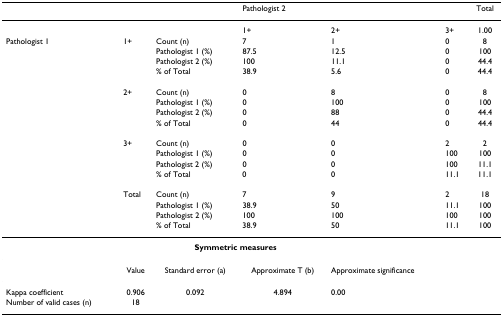
<table><thead><tr><td></td><td></td><td></td><td colspan="3"><b>Pathologist 2</b></td><td><b>Total</b></td></tr></thead><tbody><tr><td></td><td></td><td></td><td>1+</td><td>2+</td><td>3+</td><td>1.00</td></tr><tr><td>Pathologist 1</td><td>1+</td><td>Count (n)</td><td>7</td><td>1</td><td>0</td><td>8</td></tr><tr><td></td><td></td><td>Pathologist 1 (%)</td><td>87.5</td><td>12.5</td><td>0</td><td>100</td></tr><tr><td></td><td></td><td>Pathologist 2 (%)</td><td>100</td><td>11.1</td><td>0</td><td>44.4</td></tr><tr><td></td><td></td><td>% of Total</td><td>38.9</td><td>5.6</td><td>0</td><td>44.4</td></tr><tr><td></td><td>2+</td><td>Count (n)</td><td>0</td><td>8</td><td>0</td><td>8</td></tr><tr><td></td><td></td><td>Pathologist 1 (%)</td><td>0</td><td>100</td><td>0</td><td>100</td></tr><tr><td></td><td></td><td>Pathologist 2 (%)</td><td>0</td><td>88</td><td>0</td><td>44.4</td></tr><tr><td></td><td></td><td>% of Total</td><td>0</td><td>44</td><td>0</td><td>44.4</td></tr><tr><td></td><td>3+</td><td>Count (n)</td><td>0</td><td>0</td><td>2</td><td>2</td></tr><tr><td></td><td></td><td>Pathologist 1 (%)</td><td>0</td><td>0</td><td>100</td><td>100</td></tr><tr><td></td><td></td><td>Pathologist 2 (%)</td><td>0</td><td>0</td><td>100</td><td>11.1</td></tr><tr><td></td><td></td><td>% of Total</td><td>0</td><td>0</td><td>11.1</td><td>11.1</td></tr><tr><td></td><td>Total</td><td>Count (n)</td><td>7</td><td>9</td><td>2</td><td>18</td></tr><tr><td></td><td></td><td>Pathologist 1 (%)</td><td>38.9</td><td>50</td><td>11.1</td><td>100</td></tr><tr><td></td><td></td><td>Pathologist 2 (%)</td><td>100</td><td>100</td><td>100</td><td>100</td></tr><tr><td></td><td></td><td>% of Total</td><td>38.9</td><td>50</td><td>11.1</td><td>100</td></tr><tr><td colspan="6"><b>Symmetric measures</b></td><td></td></tr><tr><td></td><td>Value</td><td>Standard error (a)</td><td>Approximate T (b)</td><td>Approximate significance</td><td></td><td></td></tr><tr><td>Kappa coefficient</td><td>0.906</td><td>0.092</td><td>4.894</td><td>0.00</td><td></td><td></td></tr><tr><td>Number of valid cases (n)</td><td>18</td><td></td><td></td><td></td><td></td><td></td></tr></tbody></table>